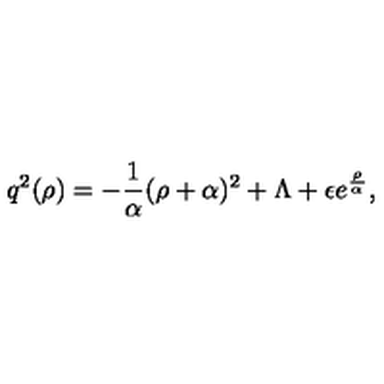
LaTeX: q ^ { 2 } ( \rho ) = - { \frac { 1 } { \alpha } } ( \rho + \alpha ) ^ { 2 } + \Lambda + \epsilon e ^ { \frac { \rho } { \alpha ^ { } } } ,